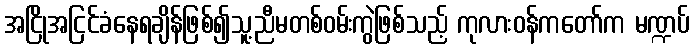
အငြိုအငြင်ခံနေရချိန်ဖြစ်၍သူ့ညီမတစ်ဝမ်းကွဲဖြစ်သည့် ကုလားဝန်ကတော်က မဏ္ဍပ်